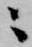
ニ